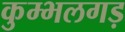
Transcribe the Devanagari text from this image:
कुम्भलगड़